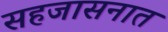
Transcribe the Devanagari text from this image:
सहजासनात